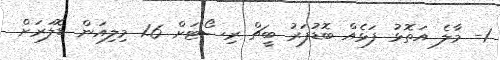
1- މާލެ އަތޮޅު ފަޅެއް ބޮޑުފަރު ބީޗް ރިސޯޓަށް 1.6 މިލިއަން ޑޮލަރަށް